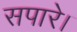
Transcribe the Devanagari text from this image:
सपारे।